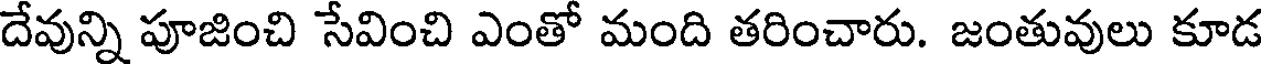
దేవున్ని పూజించి సేవించి ఎంతో మంది తరించారు. జంతువులు కూడ